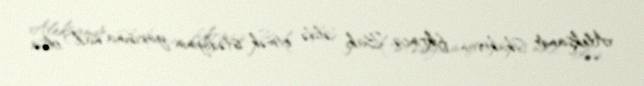
Aleksandr Skakovun fikrincə, Bakı əldə etmək istədiyinin yarısına nail olsa